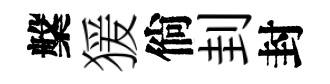
槃猨倘刲封